Heimtali_vallavalitsus, lk 27
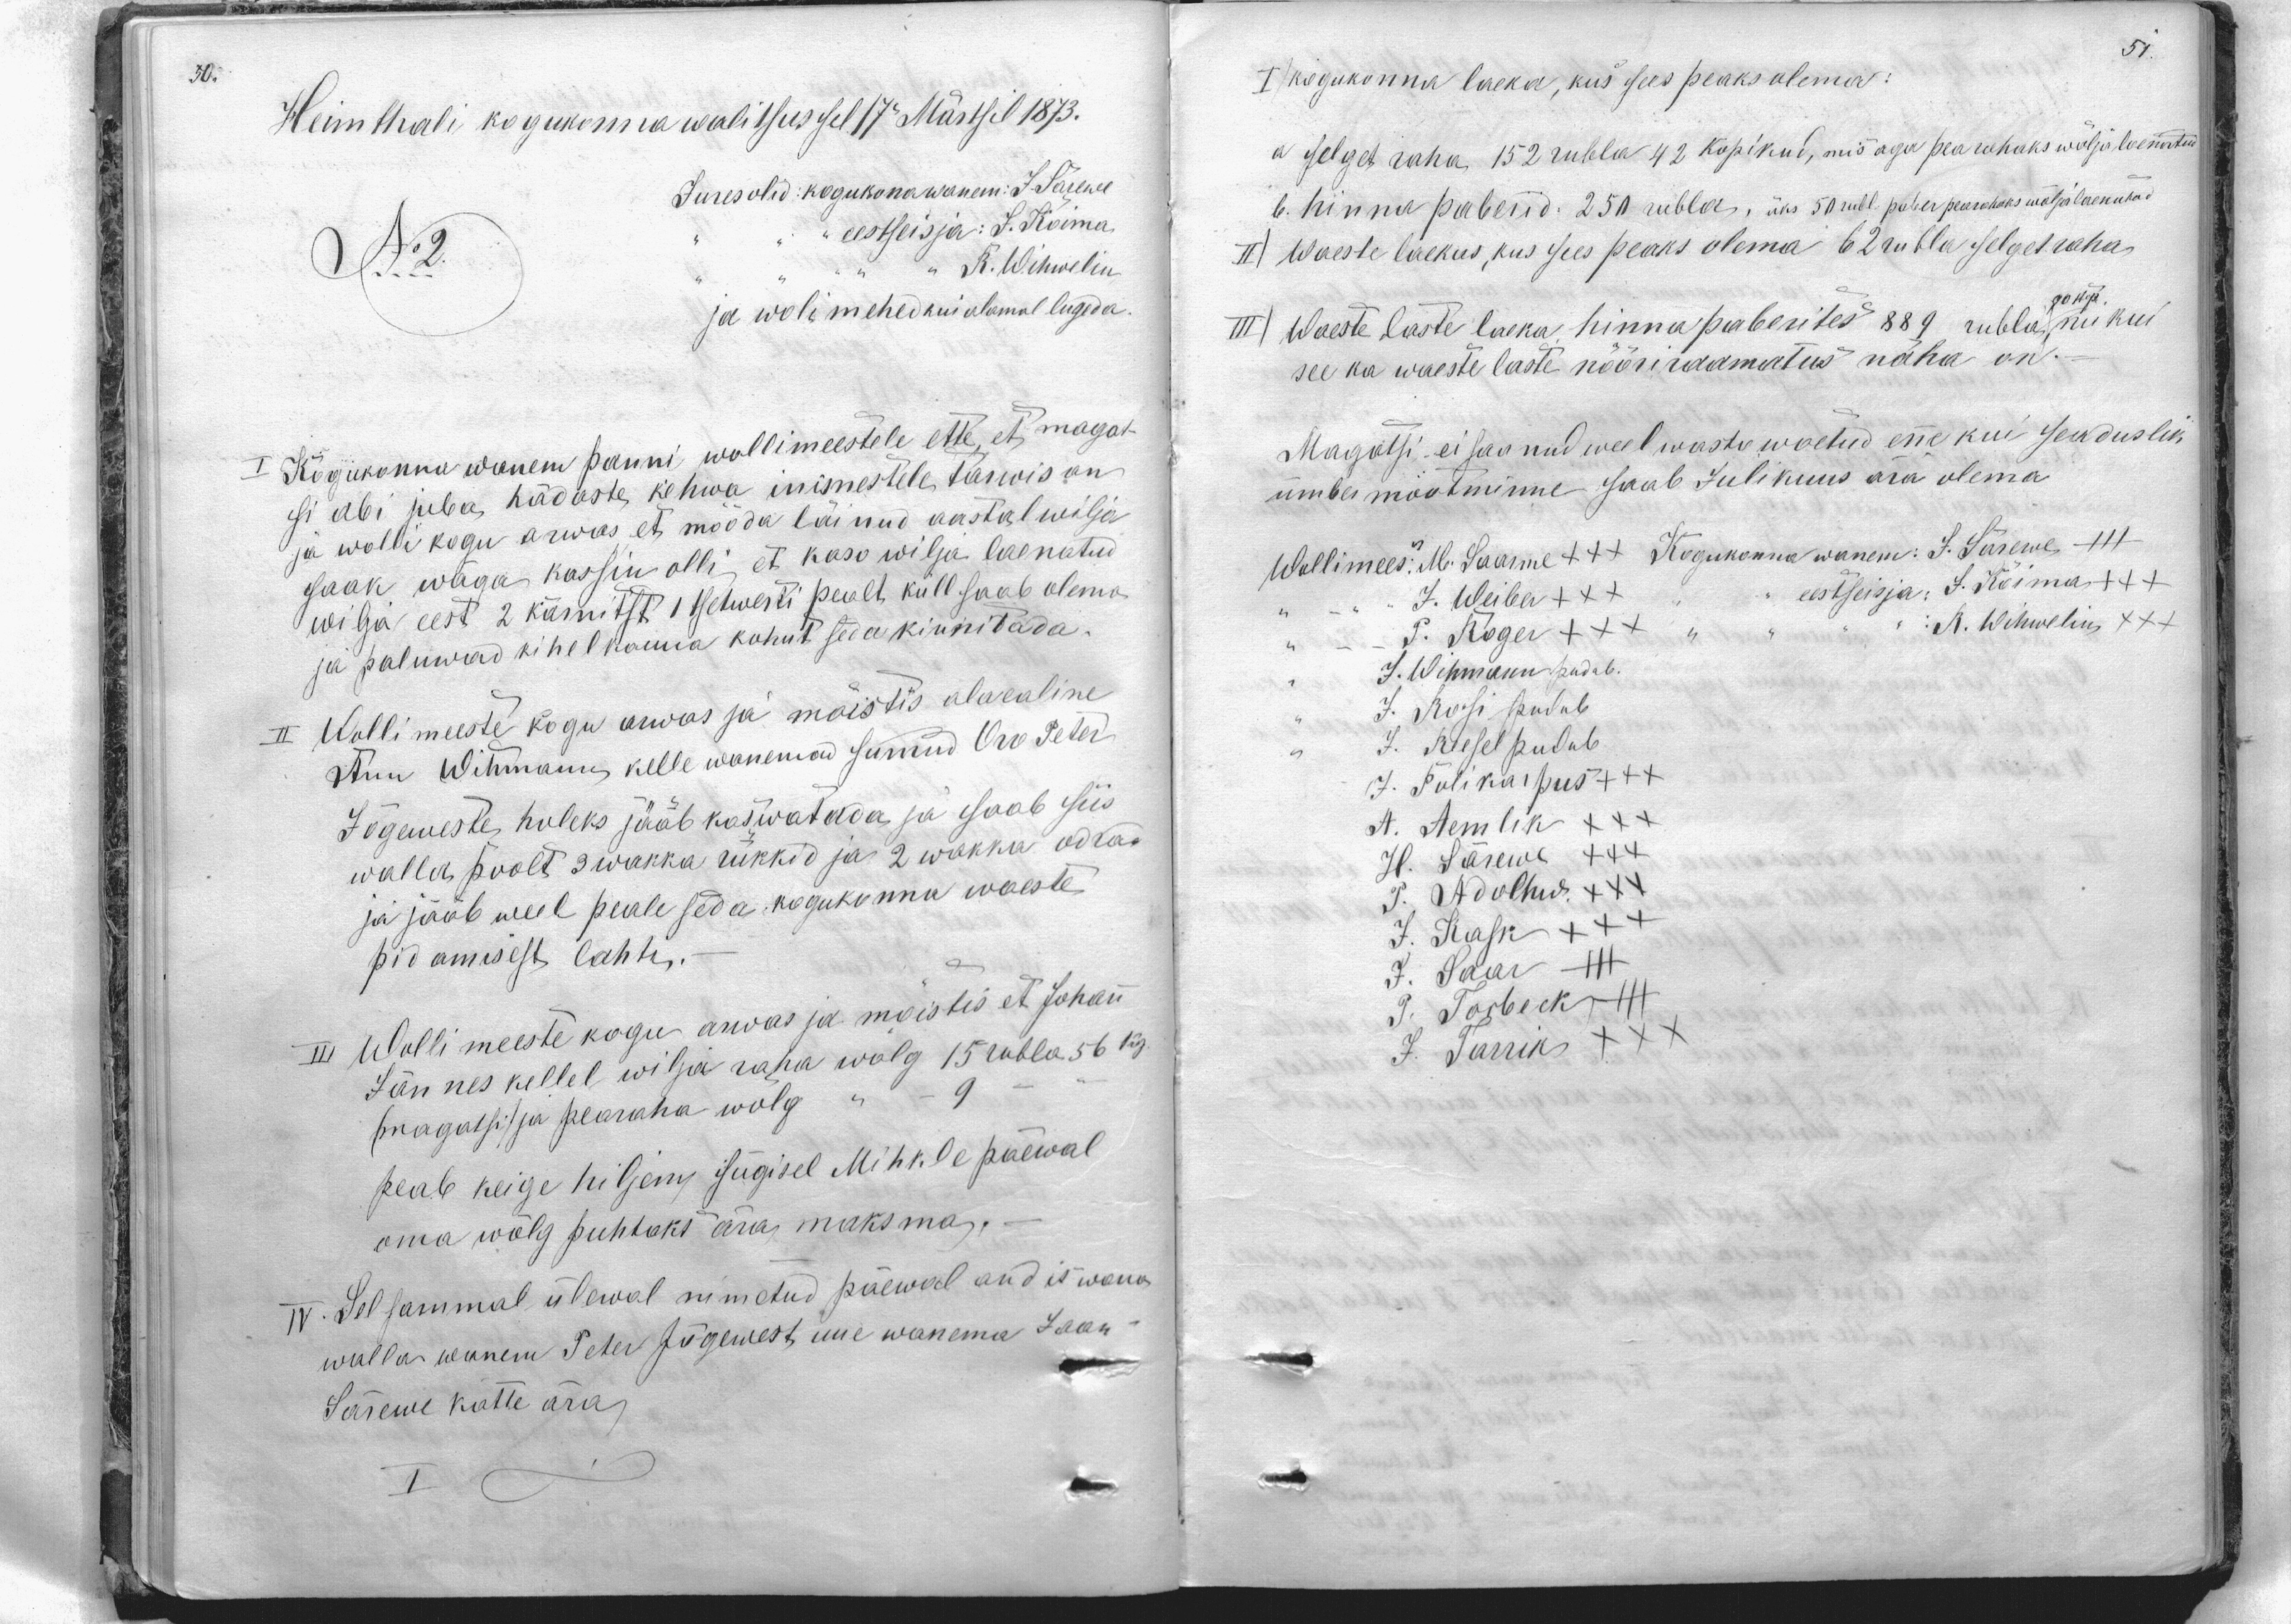
Heimthali kogukonna walitsus sel 17. Märtsil 1873.
Jures olid: kogukonawanem: J. Särewe
No 2.
eestseisja: J. Kõima
R. Wihwelin
ja wolimehed kui alamal lugeda
si abi juba hädaste kehwa inimestele tarwis on
ja wolli kogu arwas, et mööda läinud aastal wilja
saak wäga kassin olli, et kasv wilja laenatu
wilja eest 2 kärnitst 1 setwerti pealt küll saab olema
ja paluwad kihelkonna kohut seda kinnitada.
II Wollimeeste kogu arwas ja mõistis alalaline
Anu Wihmanu, kelle wanemad surnud Oro Peter
Jõgeweste huleks jääb kaswatada ja saab siis
walla poolt 3 wakka rukkid ja 2 wakka odra
ja jääb weel peale seda kogukonna waeste
pidamisest lahti.
III Wolli meeste kogu arwas ja mõistis et Johan
Jännes kellel wilja raha wõlg 15 rubla 56 kp.
magatsi /ja pearaha wõlg 9
peab keige hiljem, sügisel Mihkle päewal
oma wõlg puhtaks ära, maksma.
IV. Selsammal ülewal nimetud päewal andis wana
walla wanem Peter Jõgewest, uue wanema Jaan
Särewe kätte ära.

I kogukonna laeka, kus sees peaks olema
a selget raha 152 rubla 42 kopikud, mis aga pea rahaks wälja laenntud
b. hinna peabetud. 250 rubla, üks 50 rubl. paber peameheks wäljlaenutud
II) Waeste laekus, kus sees peaks olema 62 rubla selget raha
III) Waeste laste laeka hinna paberites 889 rubla 90 kop, nii kui
see ka waeste laste nööriraamatus näha on.
Magatsi ei saanud weel wastu woetud ene kui seaduslik
ümbermootminne saab Julikuus ära olema
Wallimees: M. Saarme +++ Kogukonna wanem: J. Särewe - +++
J. Weiber +++
eestseisja: J. Kõima +++
T. Roger XXX
R. Wihweline XXX
J. Wihmann pudub.
J. Rosi pudub
J. Reesel pudub
J. Polikarpus +++
A. Aemlik XXX
H. Särewe XXX
P. Adolhw XXX
J. Kask +++
J. Saar
P. Torbeck III
J. Tarrik XXX